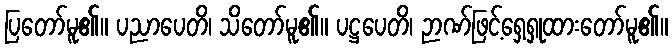
ပြတော်မူ၏။ ပညာပေတိ၊ သိတော်မူ၏။ ပဋ္ဌပေတိ၊ ဉာဏ်ဖြင့်ရှေ့ရှုထားတော်မူ၏။